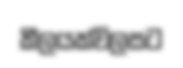
කීලයක්විලසට